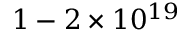
1 - 2 \times 1 0 ^ { 1 9 }